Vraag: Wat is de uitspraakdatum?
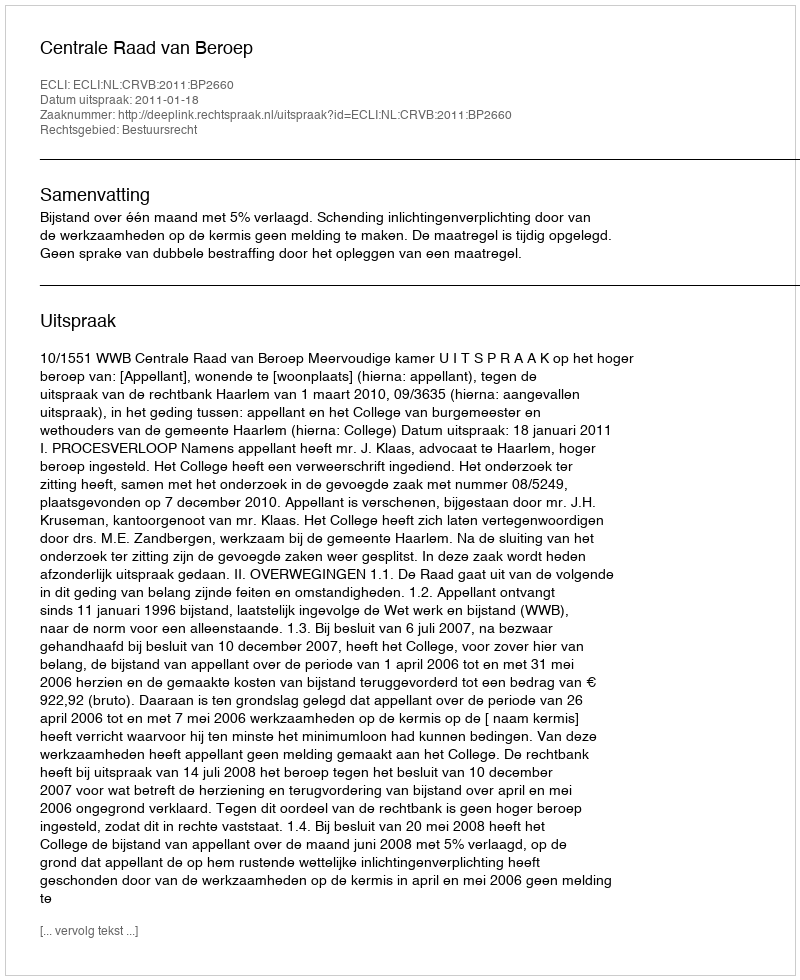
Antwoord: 2011-01-18